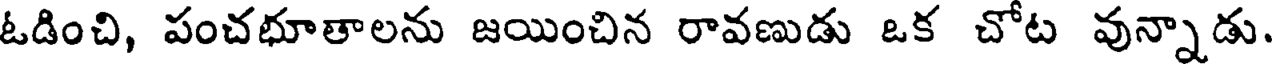
ఓడించి, పంచభూతాలను జయించిన రావణుడు ఒక చోట వున్నాడు.